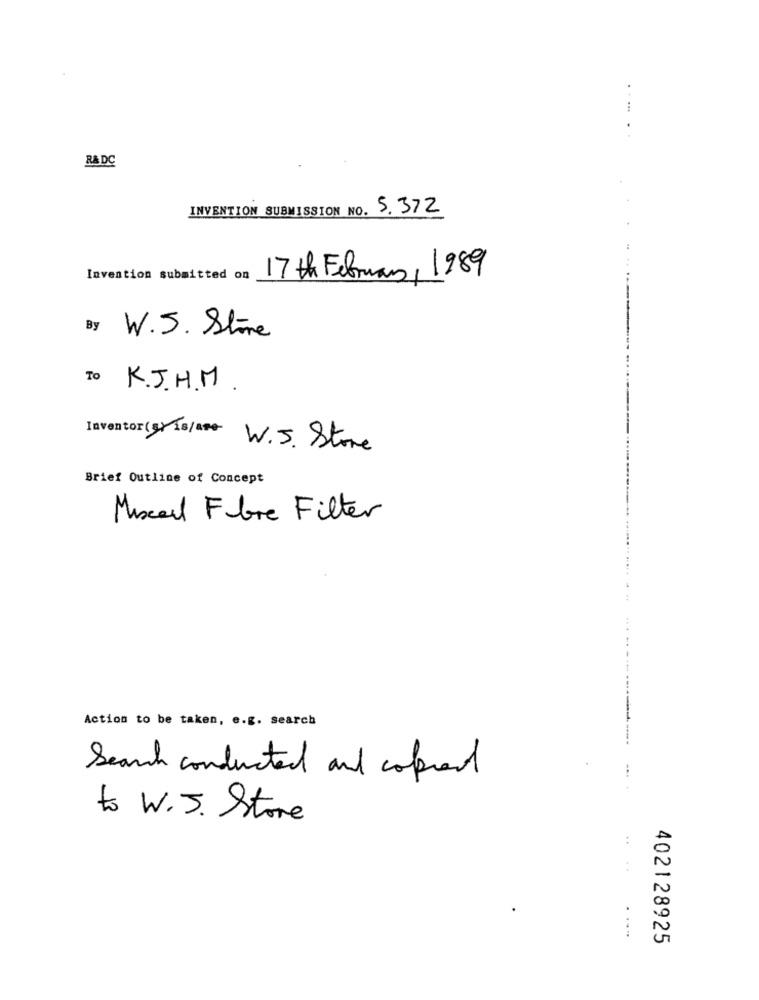
....
R& DC
INVENTION SUBMISSION NO. 5.372
Invention submitted on
17 th February, 1989
By W.S. Store
To K.J.H.M.
Inventor (g) 18/a W.J. Store
Brief Outline of Concept
Miscel Fibre Filter
Action to be taken, e.g. search
Search conducted and copied
...
to W.J. Store
...
402128925